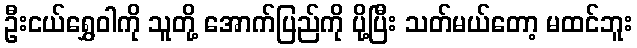
ဦးငယ်ရွှေဝါကို သူတို့ အောက်ပြည်ကို ပို့ပြီး သတ်မယ်တော့ မထင်ဘူး